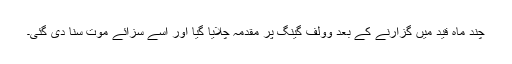
چند ماہ قید میں گزارنے کے بعد وولف گینگ پر مقدمہ چلایا گیا اور اسے سزائے موت سنا دی گئی۔